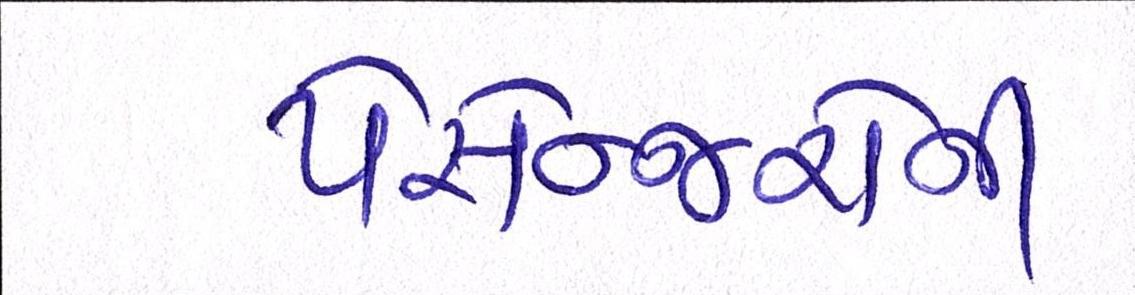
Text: પેસેન્જરોને